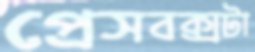
প্রেসবক্সটা